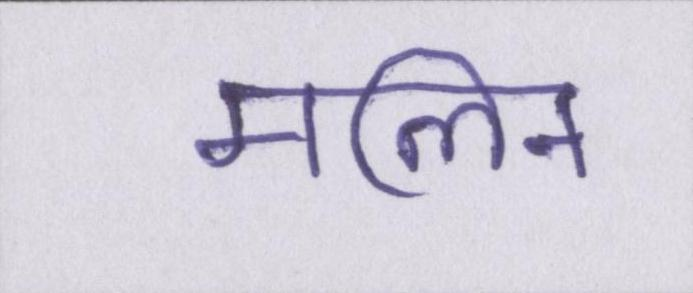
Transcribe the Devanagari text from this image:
मलिन